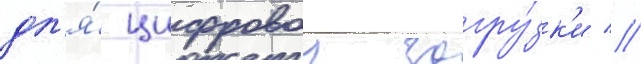
дл'я́ цифровои загру́зк'и //